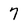
Character: 7